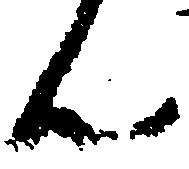
ん